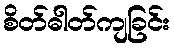
စိတ်ဓါတ်ကျခြင်း